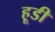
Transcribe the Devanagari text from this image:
हूडी